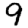
Digit: 9